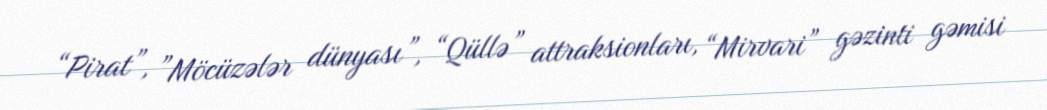
“Pirat”, ”Möcüzələr dünyası”, “Qüllə” attraksionları, “Mirvari” gəzinti gəmisi